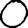
Digit: 0